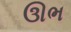
ઊભ